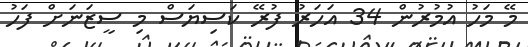
މޭ މަހު އުމުރުން 34 އަހަރު ފުރޭ ކަސިޔަސް މި ސީޒަނަށް ފަހު